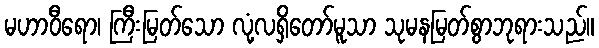
မဟာဝီရော၊ ကြီးမြတ်သော လုံ့လရှိတော်မူသာ သုမနမြတ်စွာဘုရားသည်။